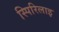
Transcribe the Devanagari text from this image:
स्पिरिलाइ